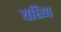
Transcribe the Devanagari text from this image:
यध्य्पि